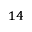
^ { 1 4 }